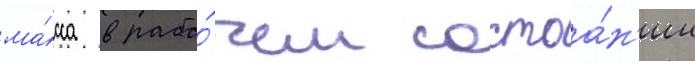
ма́сса в рабо́чем состоа́н'ии